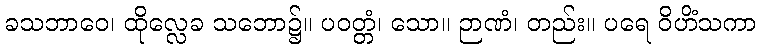
ခသဘာဝေ၊ ထိုလ္လေခ သဘော၌။ ပဝတ္တံ၊ သော။ ဉာဏံ၊ တည်း။ ပရေ ဝိဟိံသကာ